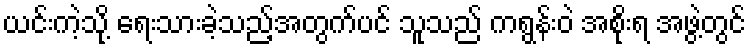
ယင်းကဲ့သို့ ရေးသားခဲ့သည့်အတွက်ပင် သူသည် ကရွန်းဝဲ အစိုးရ အဖွဲ့တွင်